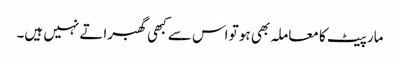
مار پیٹ کا معاملہ بھی ہو تو اس سے کبھی گھبراتے نہیں ہیں۔